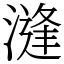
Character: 漨